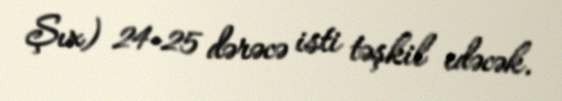
Şıx) 24-25 dərəcə isti təşkil edəcək.